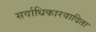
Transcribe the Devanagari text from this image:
सर्वाधिकारवादिता